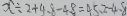
x \div 2 + 4 . 8 - 4 . 8 = 4 5 . 2 - 4 . 8